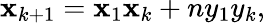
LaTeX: \displaystyle\mathbf{x}_{k+1}=\mathbf{x}_{1}\mathbf{x}_{k}+ny_{1}y_{k},